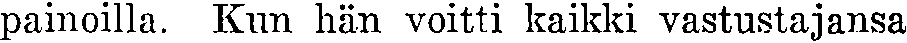
painoilla. Kun hän voitti kaikki vastustajansa